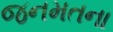
જનમતના